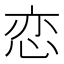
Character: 恋